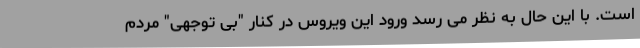
است. با این حال به نظر می رسد ورود این ویروس در کنار "بی توجهی" مردم